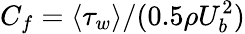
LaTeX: C_{f}=\langle\tau_{w}\rangle/(0.5\rho U_{b}^{2})